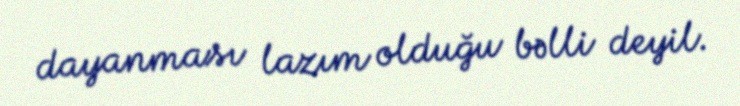
dayanması lazım olduğu bəlli deyil.